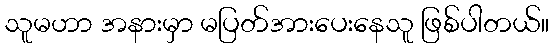
သူမဟာ အနားမှာ မပြတ်အားပေးနေသူ ဖြစ်ပါတယ်။